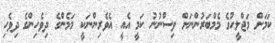
ކަމަށް މަޖްލީހުގެ މެމްބަރުންނަށް ވިސްނުނު ކަމީ އެއީ އެވެރިންނަކީ މަމެންގެ ދިވެހިންގެ ދިވެހި